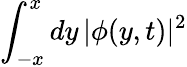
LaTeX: \int_{-x}^{x}dy\, |\phi(y,t)|^{2}